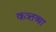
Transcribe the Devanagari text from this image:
कत्र्तव्या